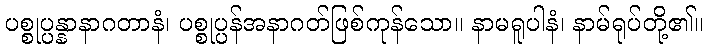
ပစ္စုပ္ပန္နာနာဂတာနံ၊ ပစ္စုပ္ပန်အနာဂတ်ဖြစ်ကုန်သော။ နာမရူပါနံ၊ နာမ်ရုပ်တို့၏။